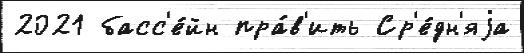
2021 басс'е́йн пра́в'ить Ср'е́дн'яjа